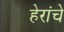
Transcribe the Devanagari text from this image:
हेरांचे